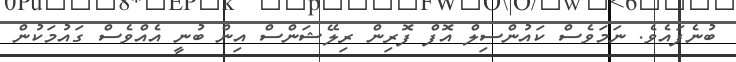
ބުނެފައެވެ. ނަމަވެސް ކައުންސިލް އޮފް ފޮރިން ރިލޭޝަންސް އިން ބުނީ އެއްވެސް ގައުމަކުން